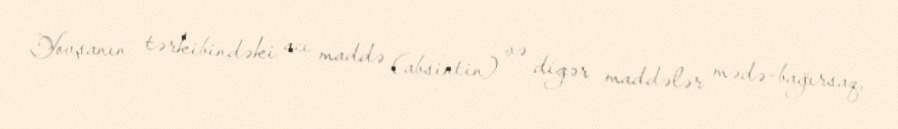
Yovşanın tərkibindəki acı maddə (absintin) və digər maddələr mədə-bağırsaq,